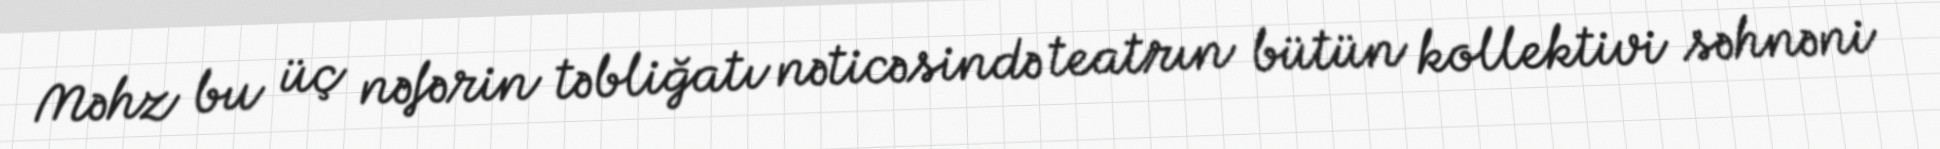
Məhz bu üç nəfərin təbliğatı nəticəsində teatrın bütün kollektivi səhnəni